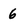
Character: 6